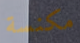
مكنسة